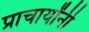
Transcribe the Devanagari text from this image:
प्राचार्यांनी